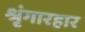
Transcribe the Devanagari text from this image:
श्रृंगारहार